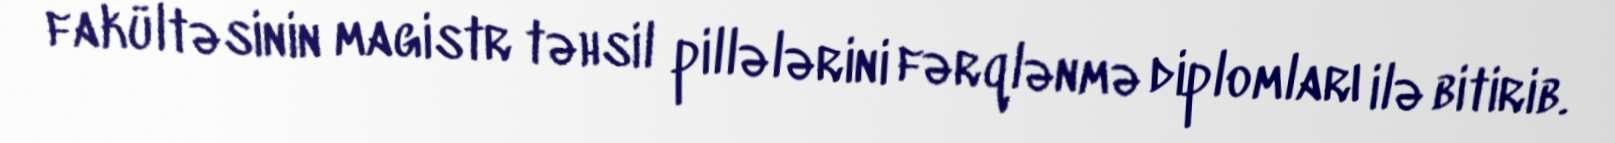
fakültəsinin magistr təhsil pillələrini fərqlənmə diplomları ilə bitirib.